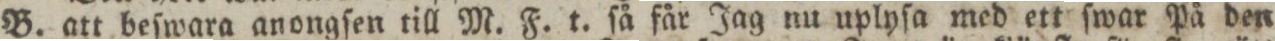
B. att beſwara anongſen till M. F. t. ſå får Jag nu uplyſa med ett ſwar På den